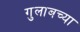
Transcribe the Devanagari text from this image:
गुलाबच्या